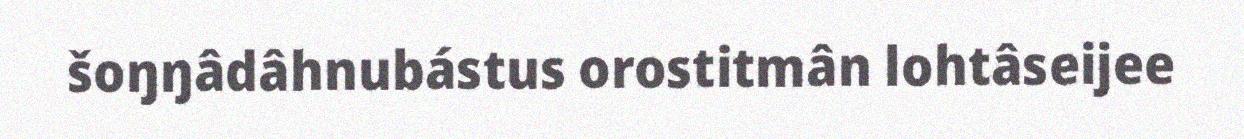
šoŋŋâdâhnubástus orostitmân lohtâseijee